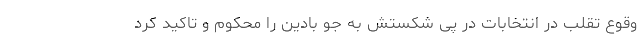
وقوع تقلب در انتخابات در پی شکستش به جو بادین را محکوم و تاکید کرد